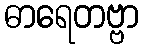
ဓာရေတဗ္ဗာ